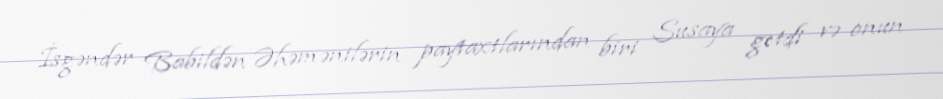
İsgəndər Babildən Əhəmənilərin paytaxtlarından biri Susaya getdi və onun